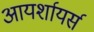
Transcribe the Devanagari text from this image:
आयर्शायर्स